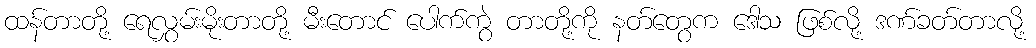
ထန်တာတို့ ရေလွှမ်းမိုးတာတို့ မီးတောင် ပေါက်ကွဲ တာတို့ကို နတ်တွေက ဒေါသ ဖြစ်လို့ ဒဏ်ခတ်တာလို့